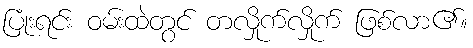
ပြုံးရင်း ဝမ်းထဲတွင် တလှိုက်လှိုက် ဖြစ်လာ၏။